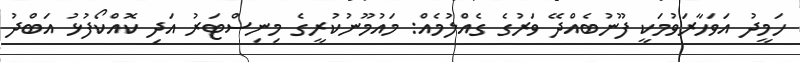
ހަމީދު އަވަހާރަވުމަކީ ފޫނުބެއްދޭ ވަރުގެ ގެއްލުމެއް: މައުމޫނުކުރީގެ މިނިސްޓަރު އަދި ކޮއްކޯފުޅު އަބްދު